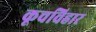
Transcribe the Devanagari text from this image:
कूचविहार